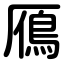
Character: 鴈